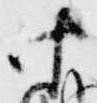
中